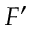
F ^ { \prime }